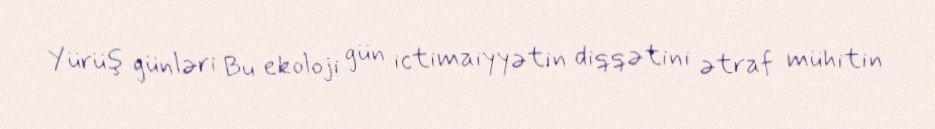
Yürüş günləri Bu ekoloji gün ictimaiyyətin diqqətini ətraf mühitin